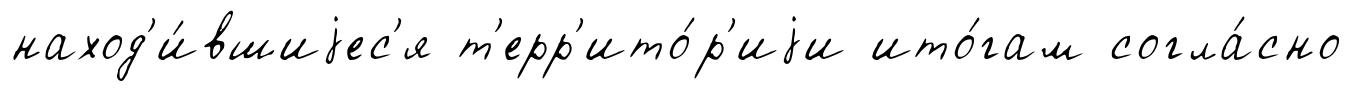
наход'и́вшиjес'я т'ерр'ито́р'иjи ито́гам согла́сно